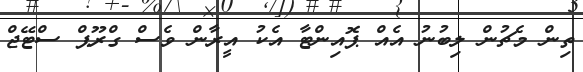
ތިން މެޗުން ލިބުނު އެއް ޕޮއިންޓާ އެކު އީރާން ވެސް ގްރޫޕް ސްޓޭޖް